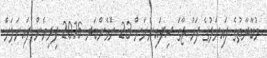
މުބާރާތުގެ ފައިނަލުގެ ފަހު ޖާގަ ސިފައިންނަށް 23 ނޮވެންބަރ 2016 ފިރިހެން ފައިނަލަށް